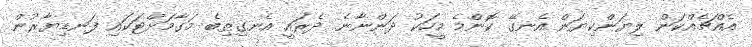
އެއްޗެއްކަން ލިޔަންކިޔަން އެނގޭ ކޮންމެ މީހަކު ދަންނާނެ. ދެރައީ އެނގިތިބެ މަގާމަށްޓަކައި ފަނޑިޔާރުން